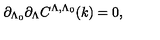
\partial _ { \Lambda _ { 0 } } \partial _ { \Lambda } C ^ { \Lambda , \Lambda _ { 0 } } ( k ) = 0 ,